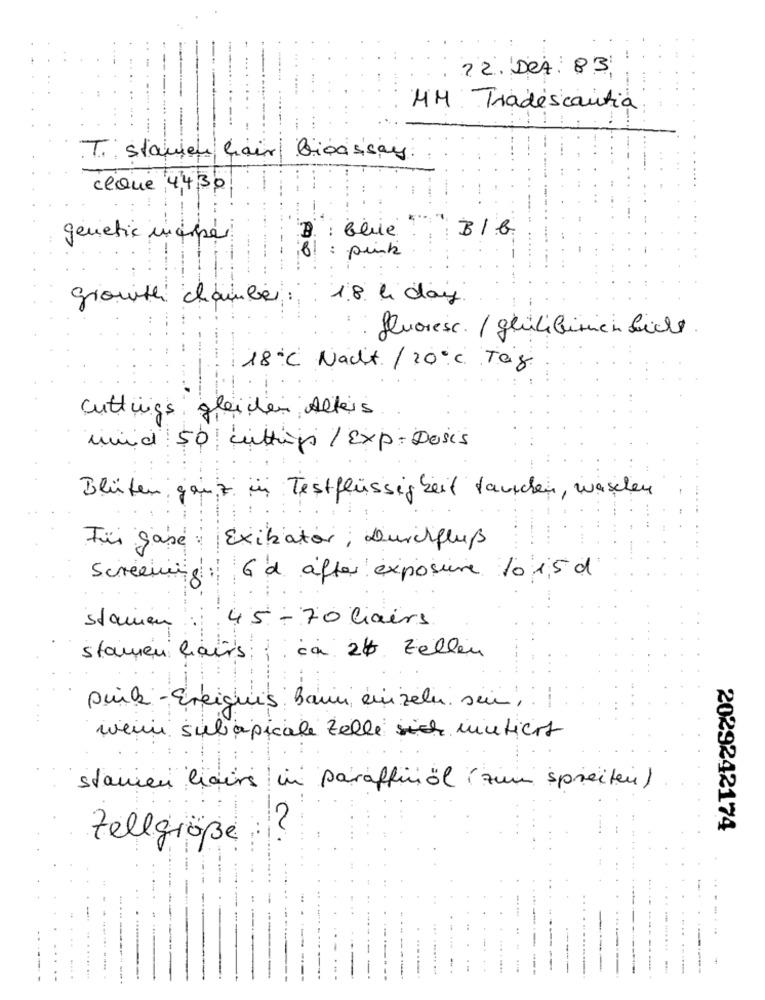
12. Dez: 83
HM: Tradescantia
T. stauch hair bioassay
ceQue 4,4,30
2
genetic inaper
1990
: pink
granite chamber
: 18 h day
fluores. / glülibumien Licht
18℃ Nacht / 20℃ Tag
cuttings gleichen Alters
und 50 uttipp / Exp: Dosis
Blüten ganz ün Testflüssigkeit tauchen, waschen
Für gasé Exibiator , Durchfluß
Screening 6 d after exposure 10 1,5 d
stanien . 45 - 70 liairs
stamen hairs ; ca 2b Zellen
pink - Ereignis Bain einzeln sin ,.
weini subapicale Zelle sich mutiert
stamen hairs in paraffinöl ( zum spreiten)
12
2029242174
Zellgröße :